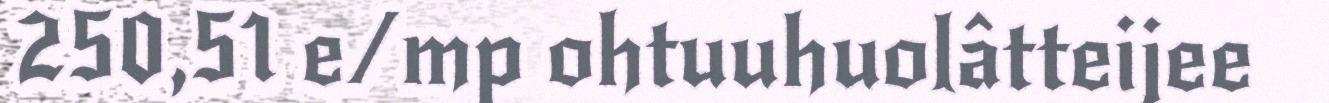
250,51 e/mp ohtuuhuolâtteijee